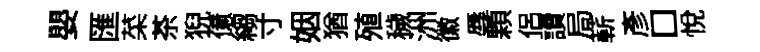
嬰匯菜茶猊億縐寸姻猶殖穢洲徽辱顆侣讀局蔪彦□悅